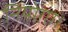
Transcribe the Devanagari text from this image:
नियोगा।